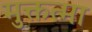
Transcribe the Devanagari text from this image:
मुक्तत्मा